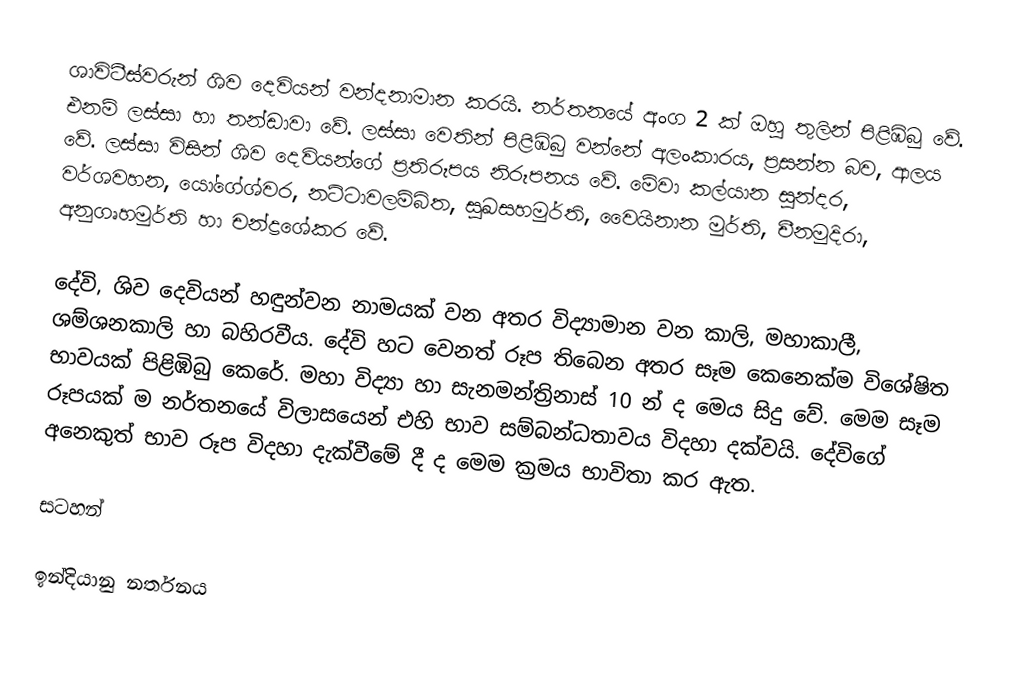
ශාවිටීස්වරුන් ශිව දෙවියන් වන්දනාමාන කරයි. නර්තනයේ අංග 2 ක් ඔහු තුලින් පිළිඹිබු වේ. එනම්  ලස්සා හා තන්ඩාවා වේ. ලස්සා වෙතින් පිළිඹිබු වන්නේ අලංකාරය, ප්‍රසන්න බව, ආලය වේ. ලස්සා විසින් ශිව දෙවියන්ගේ ප්‍රතිරූපය නිරූපනය වේ. මේවා කල්යාන සුන්දර, වර්ශවහන, යෝ‍ගේශ්වර, නට්ටාවලම්බිත, සුඛසහමුර්ති, වෛයිනාන මුර්ති, චීනමුදිරා, අනුගෘහමුර්ති හා චන්ද්‍රශේකර වේ.

දේවි, ශිව දෙවියන් හඳුන්වන නාමයක් වන අතර විද්‍යාමාන වන කාලි, මහාකාලී, ශම්ශනකාලි හා බහිරවීය. දේවි හට වෙනත්  රූප තිබෙන අතර සෑම කෙනෙක්ම විශේෂිත භාවයක් පිළිඹිබු කෙරේ. මහා විද්‍යා හා සැනමන්ත්‍රිනාස් 10 න් ද මෙය සිදු වේ. මෙම සෑම රූපයක් ම නර්තනයේ විලාසයෙන් එහි භාව සම්බන්ධතාවය විදහා දක්වයි. දේවිගේ අනෙකුත් භාව රූප විදහා දැක්වීමේ දී ද මෙම ක්‍රමය භාවිතා කර ඇත.

සටහන්

ඉන්දියානු නර්තනය